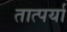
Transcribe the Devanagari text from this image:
तात्पर्या